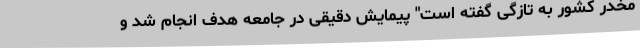
مخدر کشور به تازگی گفته است" پیمایش دقیقی در جامعه هدف انجام شد و